Annual vaccination report of Bihar and Orissa - 1911-1928
Year: 1911
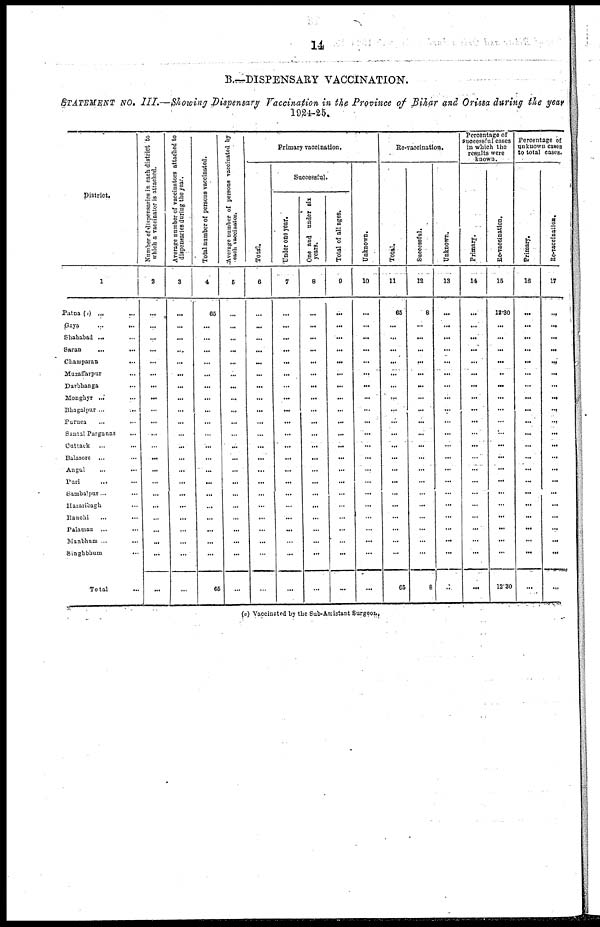
14
B.—DISPENSARY VACCINATION.
STATEMENT NO. III.—Showing Dispensary Vaccination in the Province of Bihar and Orissa during the year
1924-25.
District.
1
Patna (I) ... ...
Gaya
...
...
Shahabad ... ...
Saran ... ...
Champaran
...
Muzaffarpur...
Darbhanga
...
Monghyr ... ...
Bhagalpur ... ...
Purnea ... ...
Santal Parganas ...
Cuttack ... ...
Balasore ... ...
Angul ... ...
Puri ... ...
Sambalpur ... ...
Hazaribagh ...
Ranchi ... ...
Palamau ... ...
Manbhum ...
...
Singhbhum
...
Total ...
Number of dispensaries in each district to
which a vaccinator is attached.
2
...
...
...
...
...
...
...
...
...
...
...
...
...
...
...
...
...
...
...
...
...
...
Average number of vaccinators attached to
dispensaries during the year.
3
...
...
...
...
...
...
...
...
...
...
...
...
...
...
...
...
...
...
...
...
...
...
Total number of persons vaccinated.
4
65
...
...
...
...
...
...
...
...
...
...
...
...
...
...
...
...
...
...
...
...
65
Average number of persons vaccinated by
each vaccinator.
5
...
...
...
...
...
...
...
...
...
...
...
...
...
...
...
...
...
...
...
...
...
...
Primary vaccination,
Total.
6
...
...
...
...
...
...
...
...
...
...
...
...
...
...
...
...
...
...
...
...
...
...
Successful.
Under one year.
7
...
...
...
...
...
...
...
...
...
...
...
...
...
...
...
...
...
...
...
...
...
...
One and under six
years.
8
...
...
...
...
...
...
...
...
...
...
...
...
...
...
...
...
...
...
...
...
...
...
Total of all ages.
0
...
...
...
...
...
...
...
...
...
...
...
...
...
...
...
...
...
...
...
...
...
...
Unknown.
10
...
...
...
...
...
...
...
...
...
...
...
...
...
...
...
...
...
...
...
...
...
...
Re-vaccination.
Total.
11
65
...
...
...
...
...
...
...
...
...
...
...
...
...
...
...
...
...
...
...
...
65
Successful.
12
8
...
...
...
...
...
...
...
...
...
...
...
...
...
...
...
...
...
...
...
...
8
Unknown.
13
...
...
...
...
...
...
...
...
...
...
...
...
...
...
...
...
...
...
...
...
...
...
Percentage of
successful cases
in which the
results were
known.
Primary.
14
...
...
...
...
...
...
...
...
...
...
...
...
...
...
...
...
...
...
...
...
...
...
Re-vaccination.
15
12.30
...
...
...
...
...
...
...
...
...
...
...
...
...
...
...
...
...
...
...
...
12.30
Percentage of
unknown cases
to total cases.
Primary.
16
...
...
...
...
...
...
...
...
...
...
...
...
...
...
...
...
...
...
...
...
...
...
Re-vaccination.
17
...
...
...
...
...
...
...
...
...
...
...
...
...
...
...
...
...
...
...
...
...
...
(a) Vaccinated by the Sub-Assistant Surgeon.